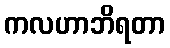
ကလဟာဘိရတာ